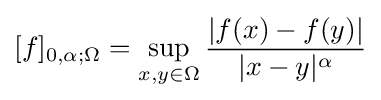
[f]_{0,\alpha ;\Omega }=\sup _{x,y\in \Omega }{\frac {|f(x)-f(y)|}{|x-y|^{\alpha }}}